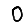
Digit: 0